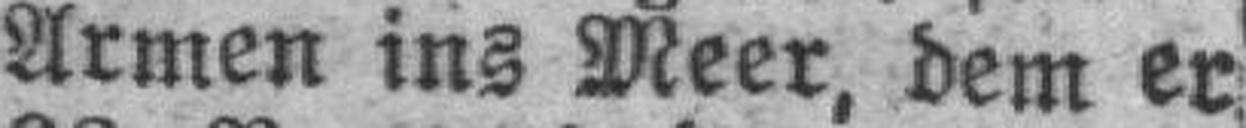
Armen ins Meer, dem er